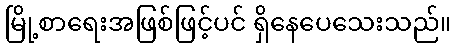
မြို့စာရေးအဖြစ်ဖြင့်ပင် ရှိနေပေသေးသည်။